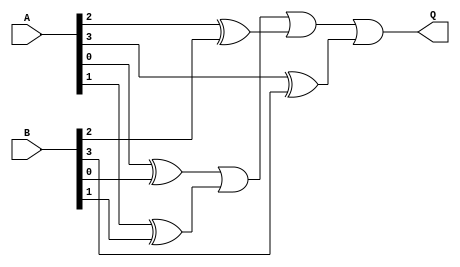
module comp_str(
	input wire [3:0] A,
	input wire [3:0] B,
	output wire Q ) ;

wire t1, t2, t3, t4;

xor c1(t1, A[0], B[0]);
xor c2(t2, A[1], B[1]);
xor c3(t3, A[2], B[2]);
xor c4(t4, A[3], B[3]);
or c5(Q, t1, t2, t3, t4);
endmodule